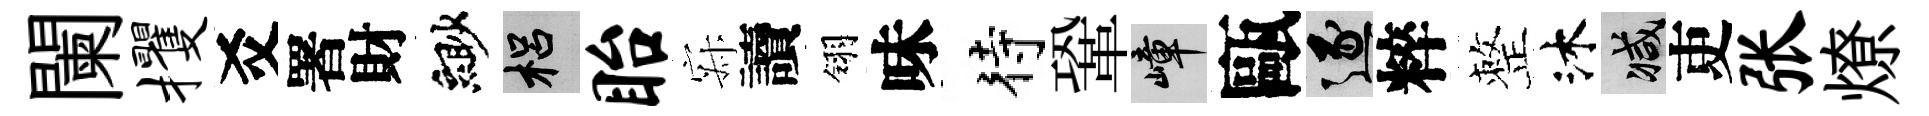
闌攫爻署財緲梠眙寂讀翎味待鞏嶂甌逐粹整沐减吏张燎